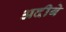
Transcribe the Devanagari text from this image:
अदीबे